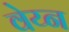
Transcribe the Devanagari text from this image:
वेय्न